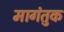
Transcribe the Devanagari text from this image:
मागंतुक